Civil Veterinary Dept. Bombay admin report 1893-99 - 1893-1899
Year: 1893
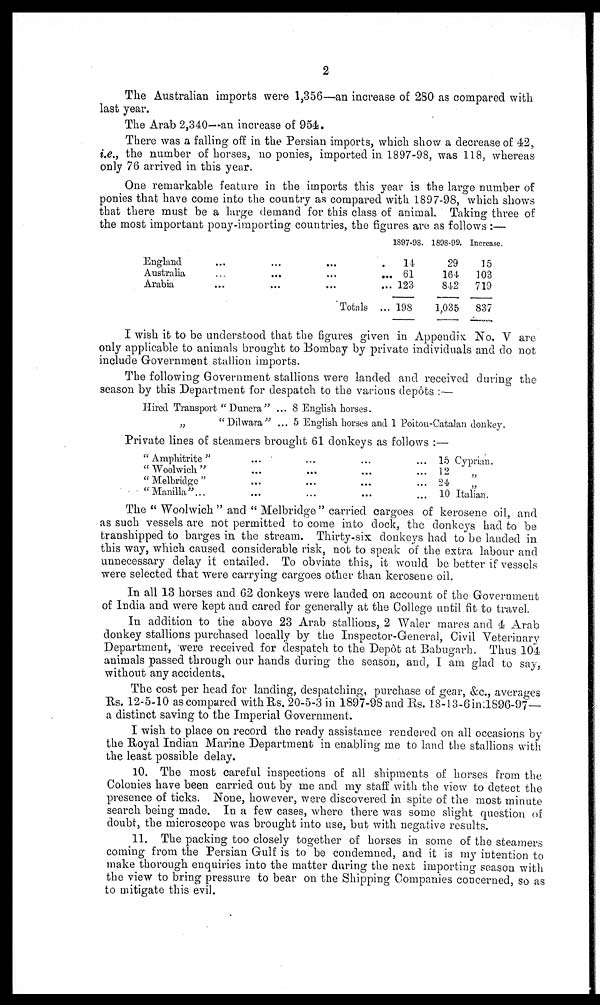
2
The Australian imports were 1,356—an increase of 280 as compared with
last year.
The Arab 2,340—an increase of 954.
There was a falling off in the Persian imports, which show a decrease of 42,
i.e., the number of horses, no ponies, imported in 1897-98, was 118, whereas
only 76 arrived in this year.
One remarkable feature in the imports this year is the large number of
ponies that have come into the country as compared with 1897-98, which shows
that there must be a large demand for this class of animal. Taking three of
the most important pony-importing countries, the figures are as follows:—
England
Australia
Arabia
...
...
...
...
...
...
...
...
...
Totals
1897-98.
... 14
... 61
... 123
... 198
1898-99.
29
164
842
1,035
Increase.
15
103
719
837
I wish it to be understood that the figures given in Appendix No. V are
only applicable to animals brought to Bombay by private individuals and do not
include Government stallion imports.
The following Government stallions were landed and received during the
season by this Department for despatch to the various depôts:—
Hired Transport "Dunera"
„
"Dilwara"
... 8 English horses.
... 5 English horses and 1 Poitou-Catalan donkey.
Private lines of steamers brought 61 donkeys as follows:—
"Amphitrite"
"Woolwich"
"Melbridge"
"Manilla" ...
...
...
...
...
...
...
...
...
...
...
...
...
... 15 Cyprian.
... 12 „
... 24 „
... 10 Italian.
The "Woolwich" and "Melbridge" carried cargoes of kerosene oil, and
as such vessels are not permitted to come into dock, the donkeys had to be
transhipped to barges in the stream. Thirty-six donkeys had to be landed in
this way, which caused considerable risk, not to speak of the extra labour and
unnecessary delay it entailed. To obviate this, it would be better if vessels
were selected that were carrying cargoes other than kerosene oil.
In all 13 horses and 62 donkeys were landed on account of the Government
of India and were kept and cared for generally at the College until fit to travel.
In addition to the above 23 Arab stallions, 2 Waler mares and 4 Arab
donkey stallions purchased locally by the Inspector-General, Civil Veterinary
Department, were received for despatch to the Depôt at Babugarh. Thus 104
animals passed through our hands during the season, and, I am glad to say,
without any accidents.
The cost per head for landing, despatching, purchase of gear, &c., averages
Rs. 12-5-10 as compared with Rs. 20-5-3 in 1897-98 and Rs. 18-13-6 in l896-97—
a distinct saving to the Imperial Government.
I wish to place on record the ready assistance rendered on all occasions by
the Royal Indian Marine Department in enabling me to land the stallions with
the least possible delay.
10. The most careful inspections of all shipments of horses from the
Colonies have been carried out by me and my staff with the view to detect the
presence of ticks. None, however, were discovered in spite of the most minute
search being made. In a few cases, where there was some slight question of
doubt, the microscope was brought into use, but with negative results.
11. The packing too closely together of horses in some of the steamers
coming from the Persian Gulf is to be condemned, and it is my intention to
make thorough enquiries into the matter during the next importing season with
the view to bring pressure to bear on the Shipping Companies concerned, so as
to mitigate this evil.